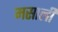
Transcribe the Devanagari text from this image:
मसाली